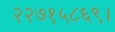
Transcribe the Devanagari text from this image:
२२७१५८६९।